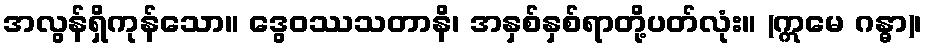
အလွန်ရှိကုန်သော။ ဒွေဝဿသတာနိ၊ အနှစ်နှစ်ရာတို့ပတ်လုံး။ (ဣမေ ဂန္ဓာ)၊